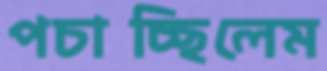
পচাচ্ছিলেম